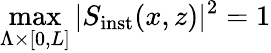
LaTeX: \operatorname*{max}_{\Lambda\times\lbrack 0,L\rbrack}\vert S_{\mathrm{inst}}(x,z)\vert^{2}=1